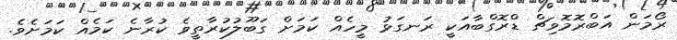
ރޯމަން އަބްރޮމޮވިޗް ޑްރޮގްބާއަކީ ރަނގަޅު މީހެއް ކަމަށް ގަބޫލުކުރާތީވެ ކުރާނެ ކަމެއް ކަމަށެވެ.